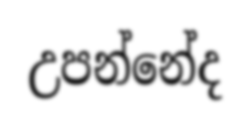
උපන්නේද